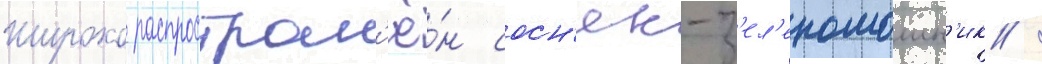
Широко распростран'ё́н сосн'як-з'ел'еномошн'ик /